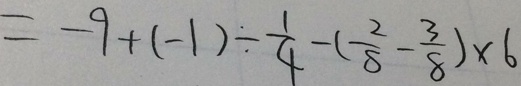
= - 9 + ( - 1 ) \div \frac { 1 } { 4 } - ( \frac { 2 } { 8 } - \frac { 3 } { 8 } ) \times 6